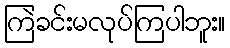
ကြဲခင်းမလုပ်ကြပါဘူး။